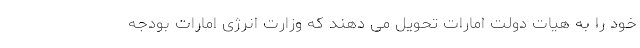
خود را به هیات دولت امارات تحویل می دهند که وزارت انرژی امارات بودجه